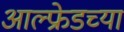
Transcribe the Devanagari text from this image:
आल्फ्रेडच्या